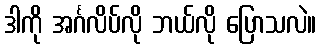
ဒါကို အင်္ဂလိပ်လို ဘယ်လို ပြောသလဲ။